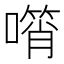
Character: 𠿫